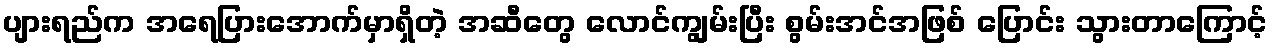
ပျားရည်က အရေပြားအောက်မှာရှိတဲ့ အဆီတွေ လောင်ကျွမ်းပြီး စွမ်းအင်အဖြစ် ပြောင်း သွားတာကြောင့်